Civil Veterinary Dept. Bombay admin report 1932-41 - 1932-1941
Year: 1932
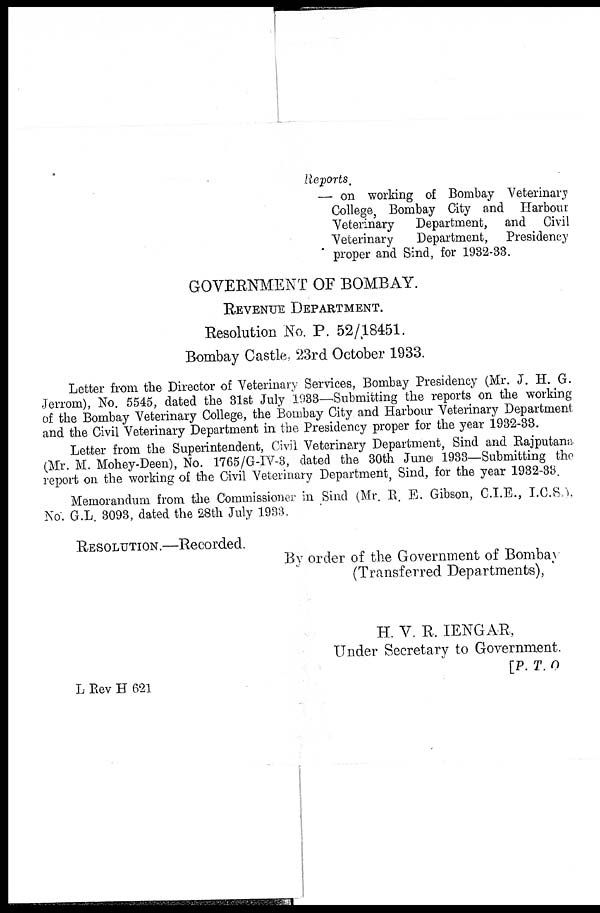
Reports.
— on working of Bombay Veterinary
College, Bombay City and Harbour
Veterinary
Department, and Civil
Veterinary
Department, Presidency
proper and Sind, for 1932-33.
GOVERNMENT OF BOMBAY.
REVENUE DEPARTMENT.
Resolution No. P. 52/18451.
Bombay Castle, 23rd October 1933.
Letter from the Director of Veterinary Services, Bombay Presidency (Mr. J. H. G.
Jerrom), No. 5545, dated the 31st July 1933—Submitting the reports on the working
of the Bombay Veterinary College, the Bombay City and Harbour Veterinary Department
and the Civil Veterinary Department in the Presidency proper for the year 1932-33.
Letter from the Superintendent, Civil Veterinary Department, Sind and Rajputana
(Mr. M. Mohey-Deen), No. 1765/G-IV-3, dated the 30th June 1933—Submitting the
report on the working of the Civil Veterinary Department, Sind, for the year 1932-33.
Memorandum from the Commissioner in Sind (Mr. R. E. Gibson, C.I.E., I.C.S-.),
No. G.L. 3093, dated the 28th July 1933.
RESOULTION.—Recorded.
By order of the Government of Bombay
(Transferred Departments),
H. V. R. IENGAR,
Under Secretary to Government.
[P. T. O.
L Rev H 621